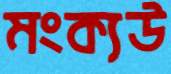
মংক্যউ